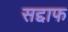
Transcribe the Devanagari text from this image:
सद्दाफ